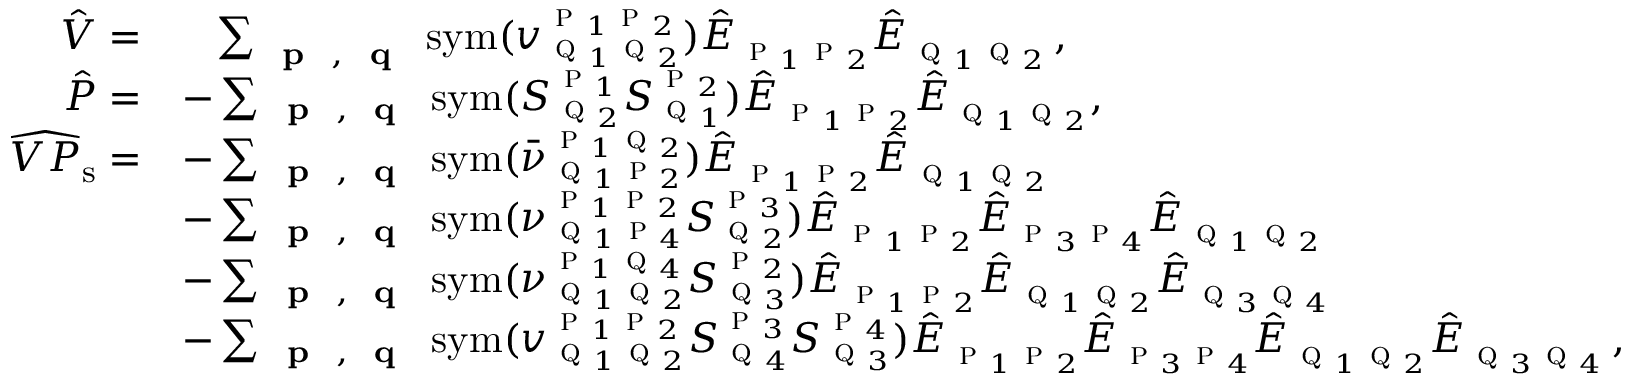
\begin{array} { r l } { \hat { V } = } & { \; \; \; \sum _ { \textbf { \textsc { p } } , \textbf { \textsc { q } } } \mathrm { s y m } ( v _ { \textsc { q } _ { 1 } \textsc { q } _ { 2 } } ^ { \textsc { p } _ { 1 } \textsc { p } _ { 2 } } ) \hat { E } _ { \textsc { p } _ { 1 } \textsc { p } _ { 2 } } \hat { E } _ { \textsc { q } _ { 1 } \textsc { q } _ { 2 } } \, , } \\ { \hat { P } = } & { - \sum _ { \substack { \textbf { \textsc { p } } , \textbf { \textsc { q } } } } \mathrm { s y m } ( S _ { \textsc { q } _ { 2 } } ^ { \textsc { p } _ { 1 } } S _ { \textsc { q } _ { 1 } } ^ { \textsc { p } _ { 2 } } ) \hat { E } _ { \textsc { p } _ { 1 } \textsc { p } _ { 2 } } \hat { E } _ { \textsc { q } _ { 1 } \textsc { q } _ { 2 } } , \, } \\ { \widehat { V P } _ { \mathrm { s } } = } & { - \sum _ { \substack { \textbf { \textsc { p } } , \textbf { \textsc { q } } } } \mathrm { s y m } ( \bar { \nu } _ { \textsc { q } _ { 1 } \textsc { p } _ { 2 } } ^ { \textsc { p } _ { 1 } \textsc { q } _ { 2 } } ) \hat { E } _ { \textsc { p } _ { 1 } \textsc { p } _ { 2 } } \hat { E } _ { \textsc { q } _ { 1 } \textsc { q } _ { 2 } } } \\ & { - \sum _ { \substack { \textbf { \textsc { p } } , \textbf { \textsc { q } } } } \mathrm { s y m } ( \nu _ { \textsc { q } _ { 1 } \textsc { p } _ { 4 } } ^ { \textsc { p } _ { 1 } \textsc { p } _ { 2 } } S _ { \textsc { q } _ { 2 } } ^ { \textsc { p } _ { 3 } } ) \hat { E } _ { \textsc { p } _ { 1 } \textsc { p } _ { 2 } } \hat { E } _ { \textsc { p } _ { 3 } \textsc { p } _ { 4 } } \hat { E } _ { \textsc { q } _ { 1 } \textsc { q } _ { 2 } } } \\ & { - \sum _ { \substack { \textbf { \textsc { p } } , \textbf { \textsc { q } } } } \mathrm { s y m } ( \nu _ { \textsc { q } _ { 1 } \textsc { q } _ { 2 } } ^ { \textsc { p } _ { 1 } \textsc { q } _ { 4 } } S _ { \textsc { q } _ { 3 } } ^ { \textsc { p } _ { 2 } } ) \hat { E } _ { \textsc { p } _ { 1 } \textsc { p } _ { 2 } } \hat { E } _ { \textsc { q } _ { 1 } \textsc { q } _ { 2 } } \hat { E } _ { \textsc { q } _ { 3 } \textsc { q } _ { 4 } } } \\ & { - \sum _ { \substack { \textbf { \textsc { p } } , \textbf { \textsc { q } } } } \mathrm { s y m } ( v _ { \textsc { q } _ { 1 } \textsc { q } _ { 2 } } ^ { \textsc { p } _ { 1 } \textsc { p } _ { 2 } } S _ { \textsc { q } _ { 4 } } ^ { \textsc { p } _ { 3 } } S _ { \textsc { q } _ { 3 } } ^ { \textsc { p } _ { 4 } } ) \hat { E } _ { \textsc { p } _ { 1 } \textsc { p } _ { 2 } } \hat { E } _ { \textsc { p } _ { 3 } \textsc { p } _ { 4 } } \hat { E } _ { \textsc { q } _ { 1 } \textsc { q } _ { 2 } } \hat { E } _ { \textsc { q } _ { 3 } \textsc { q } _ { 4 } } \, , } \end{array}